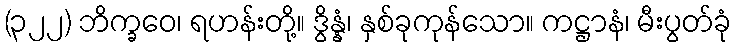
(၃၂၂) ဘိက္ခဝေ၊ ရဟန်းတို့။ ဒွိန္နံ၊ နှစ်ခုကုန်သော။ ကဋ္ဌာနံ၊ မီးပွတ်ခုံ